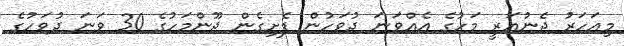
މިއަހަރު ޖެނުއަރީ މަހުގެ އެއްވަނަ ދުވަހުން ފެށިގެން ޖޫންމަހުގެ 30 ވަނަ ދުވަހުގެ